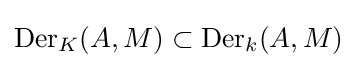
\operatorname {Der} _{K}(A,M)\subset \operatorname {Der} _{k}(A,M)